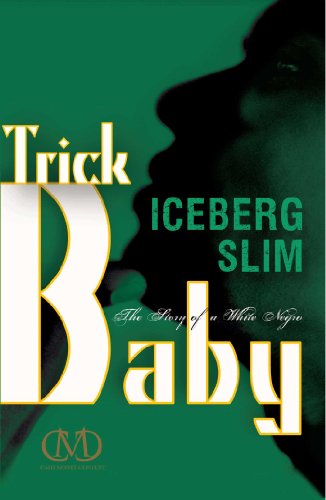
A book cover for Trick Baby; Iceberg Slim; Literature & Fiction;